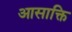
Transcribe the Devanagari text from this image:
आसाक्ति